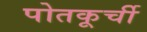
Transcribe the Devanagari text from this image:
पोतकूर्ची